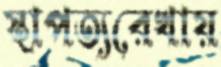
স্থাপত্যরেখায়